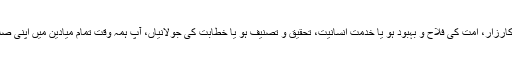
دعوت و تبلیغ ہو یا سیاست کا میدانِ کارزار، اُمت کی فلاح و بہبود ہو یا خدمتِ اِنسانیت، تحقیق و تصنیف ہو یا خطابت کی جولانیاں، آپ ہمہ وقت تمام میادین میں اپنی صلاحیتوں کا لوہا منواتے نظر آتے ہیں۔